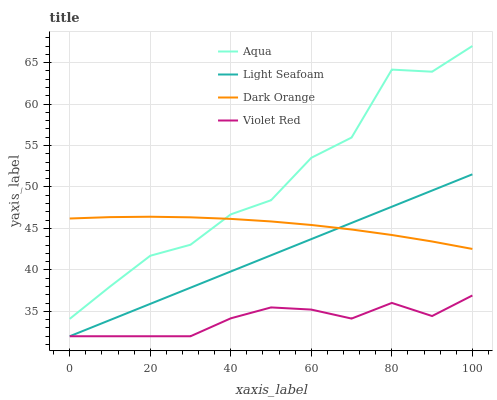
| xaxis_label | Aqua | Light Seafoam | Dark Orange | Violet Red |
 | --- | --- | --- | --- | --- |
 | 0 | 34.1 | 32 | 46.2 | 32 |
 | 10 | 38 | 34 | 46.4 | 32 |
 | 20 | 41.7 | 35.9 | 46.4 | 32 |
 | 30 | 43 | 37.9 | 46.3 | 32 |
 | 40 | 46.7 | 39.8 | 46.2 | 34.2 |
 | 50 | 48.4 | 41.8 | 45.8 | 35.5 |
 | 60 | 53.5 | 43.7 | 45.4 | 35.2 |
 | 70 | 56 | 45.7 | 44.9 | 34.1 |
 | 80 | 64.2 | 47.6 | 44.2 | 36 |
 | 90 | 63.9 | 49.6 | 43.4 | 34.4 |
 | 100 | 67 | 51.5 | 42.5 | 36.9 |